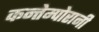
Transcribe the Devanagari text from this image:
कन्तेम्पोरानी